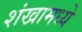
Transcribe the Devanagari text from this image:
शंखामध्ये